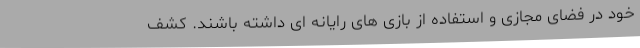
خود در فضای مجازی و استفاده از بازی های رایانه ای داشته باشند. کشف